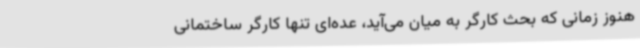
هنوز زمانی که بحث کارگر به میان می‌آید، عده‌ای تنها کارگر ساختمانی